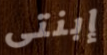
إبنتى